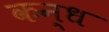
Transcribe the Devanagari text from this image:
कन्ध